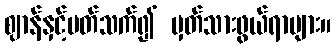
ဈာန်နှင့်ပတ်သက်၍ မှတ်သားဖွယ်ရာများ။